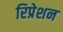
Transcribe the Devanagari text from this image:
रिप्रेशन